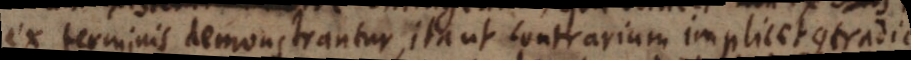
ex terminis demonstrantur, ita ut contrarium implicet contradic